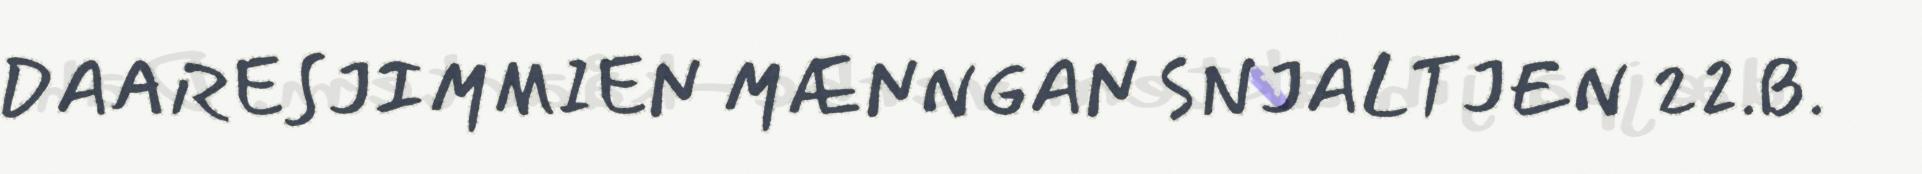
DAARESJIMMIEN MÆNNGAN SNJALTJEN 22.B.